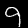
Label: 9